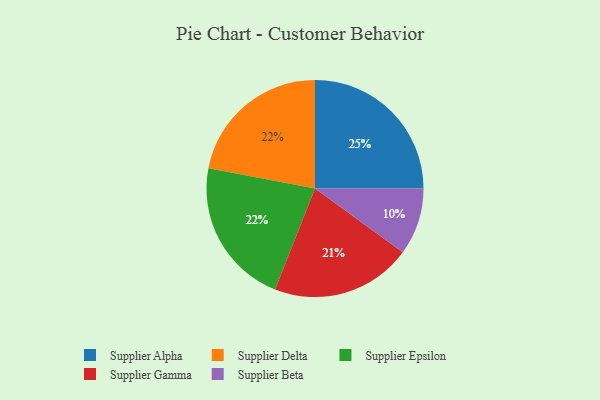
{"axis": {"x": "Category", "y": "Percentage"}, "legend": ["Supplier Alpha", "Supplier Beta", "Supplier Delta", "Supplier Epsilon", "Supplier Gamma"], "data": [{"x": "Supplier Delta", "y": 22, "type": "Supplier Delta"}, {"x": "Supplier Epsilon", "y": 22, "type": "Supplier Epsilon"}, {"x": "Supplier Gamma", "y": 21, "type": "Supplier Gamma"}, {"x": "Supplier Beta", "y": 10, "type": "Supplier Beta"}, {"x": "Supplier Alpha", "y": 25, "type": "Supplier Alpha"}]}